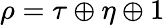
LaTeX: \rho=\tau\oplus\eta\oplus 1